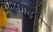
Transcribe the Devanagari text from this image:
शम्सगढ़